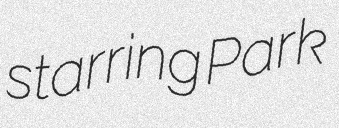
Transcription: starring Park